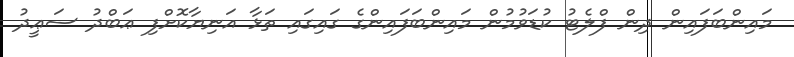
މައިންބަފައިން ދިން ފްލެޓު ކުޑަވުމުން މައިންބަފައިންގެ ގައިގައި ތަޅާ އަނިޔާކޮށްފި ޢަބްދު ސަޢީދު